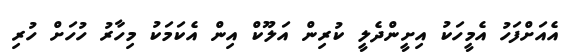
އެއަށްފަހު އެމީހަކު އިށީންދެލީ ކުރިން އަލޫކް އިން އެކަމަކު މިހާރު ހުހަށް ހުރި